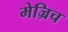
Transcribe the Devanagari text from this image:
मेज्रिच